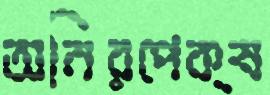
অনিরপেক্ষ